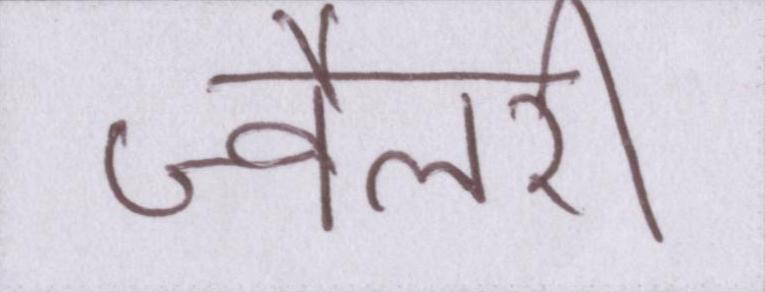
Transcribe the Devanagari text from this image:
ज्वैलरी